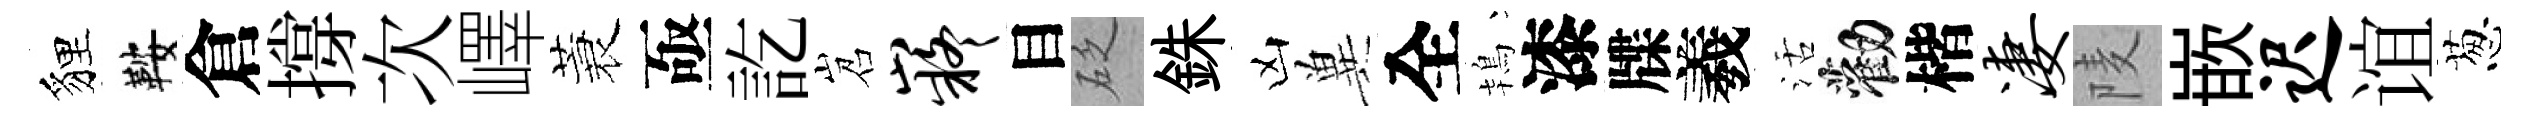
貍鞍倉撐次嶧蓑亟訖岧嶷目砭銖凶兾全鴇漆牒羲活勸楷凄𨹧嵌迟谊葱